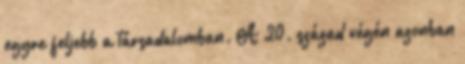
egyre feljebb a társadalomban. A 20. század végén azonban